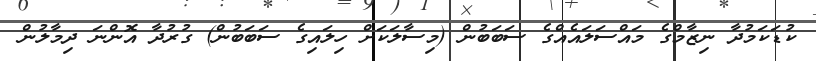
ކުޑަކަމުދާ ނިޒާމްގެ މައްސަލައެއްގެ ސަބަބުން (މިސާލަކަށް ހިލައިގެ ސަބަބުން) ގުރުދާ އޮންނަ ދިމާލުން